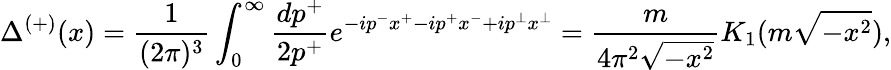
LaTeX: \Delta^{(+)}(x)=\frac{1}{(2\pi)^{3}}\int_{0}^{\infty}\frac{dp^{+}}{2p^{+}}e^{-ip^{-}x^{+}-ip^{+}x^{-}+ip^{\bot}x^{\bot}}=\frac{m}{4\pi^{2}\sqrt{-x^{2}}}K_{1}(m\sqrt{-x^{2}}),